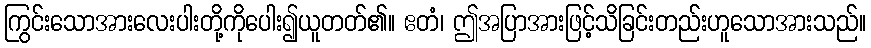
ကြွင်းသောအားလေးပါးတို့ကိုပေါး၍ယူတတ်၏။ ဧတံ၊ ဤအပြာအားဖြင့်သိခြင်းတည်းဟူသောအားသည်။